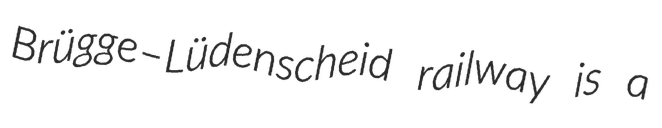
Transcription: Brügge–Lüdenscheid railway is a